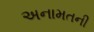
અનામતની